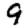
Digit: 9